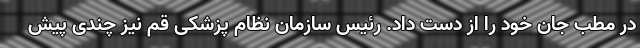
در مطب جان خود را از دست داد. رئیس سازمان نظام پزشکی قم نیز چندی پیش